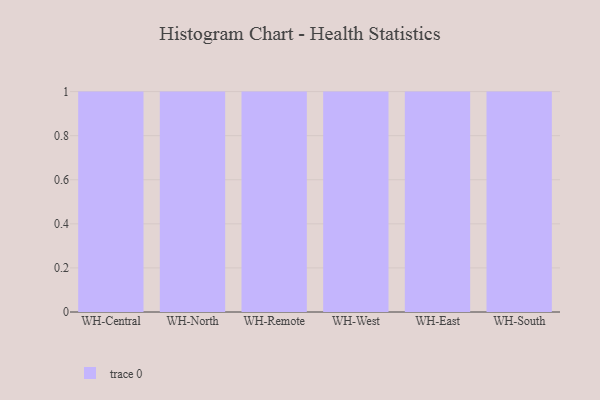
{"axis": {"x": "Warehouse", "y": "Conversion Rate (%)"}, "legend": [""], "data": [{"x": "WH-Central", "y": 61, "type": ""}, {"x": "WH-North", "y": 51, "type": ""}, {"x": "WH-Remote", "y": 55, "type": ""}, {"x": "WH-West", "y": 93, "type": ""}, {"x": "WH-East", "y": 65, "type": ""}, {"x": "WH-South", "y": 71, "type": ""}]}